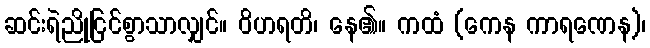
ဆင်းရဲညိုငြင်စွာသာလျှင်။ ဝိဟရတိ၊ နေ၏။ ကထံ (ကေန ကာရဏေန)၊